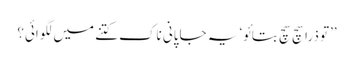
’’تو ذرا سچ سچ بتائو‘ یہ جاپانی ناک کتنے میں لگوائی؟